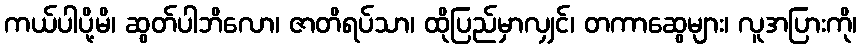
ကယ်ပါပို့မိ၊ ဆွတ်ပါဘိလော၊ ဇာတိရပ်သာ၊ ထိုပြည်မှာလျှင်၊ တကာဆွေများ၊ လူအပြားကို၊